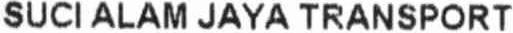
SUCI ALAM JAYA TRANSPORT